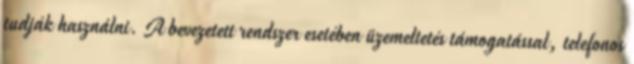
tudják használni. A bevezetett rendszer esetében üzemeltetés támogatással, telefonos